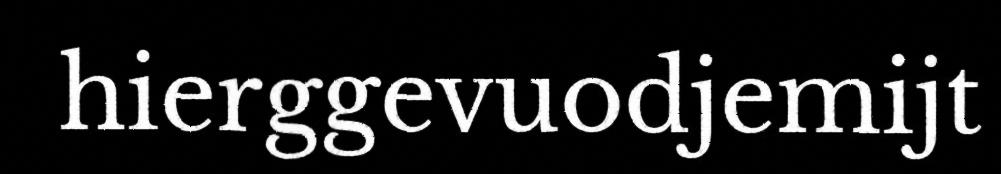
hierggevuodjemijt